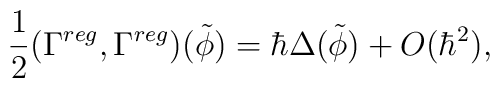
\frac12 (\Gamma^{reg},\Gamma^{reg})(\tilde \phi)=\hbar \Delta(\tilde \phi) + O(\hbar^2),